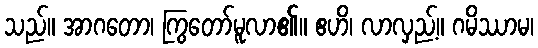
သည်။ အာဂတော၊ ကြွတော်မူလာ၏။ ဧဟိ၊ လာလှည့်။ ဂမိဿာမ၊